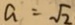
a = \sqrt { 2 }